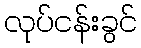
လုပ်ငန်းခွင်